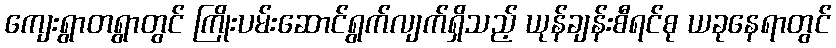
ကျေးရွာတရွာတွင် ကြိုးပမ်းဆောင်ရွက်လျက်ရှိသည့် ယုန်ချန်းစီရင်စု ယခုနေရာတွင်